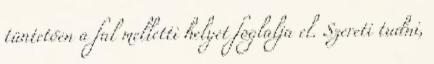
tüntetően a fal melletti helyet foglalja el. Szereti tudni,